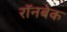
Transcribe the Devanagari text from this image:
रॉनबेक